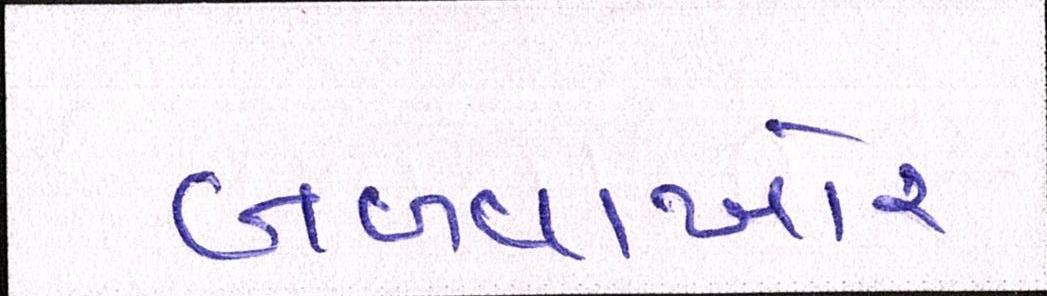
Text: બળવાખોર